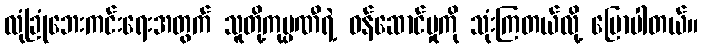
လုံခြုံဘေးကင်းရေးအတွက် သူတို့ကုမ္ပဏီရဲ့ ဝန်ဆောင်မှုကို သုံးကြတယ်လို့ ပြောပါတယ်။